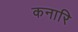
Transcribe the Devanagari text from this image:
कनारि